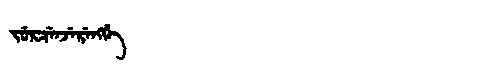
Manchu: ᠵᡠᡵᠴᡝᠨᠵᡝᡵᡝᠩᡤᡝ
Romanization: JURCENJERENGGE